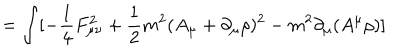
LaTeX: = \int [ - \frac { 1 } { 4 } F _ { \mu \nu } ^ { 2 } + \frac { 1 } { 2 } m ^ { 2 } ( A _ { \mu } + \partial _ { \mu } \rho ) ^ { 2 } - m ^ { 2 } \partial _ { \mu } ( A ^ { \mu } \rho ) ]